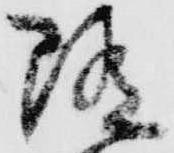
随